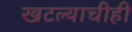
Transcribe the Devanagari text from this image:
खटल्याचीही